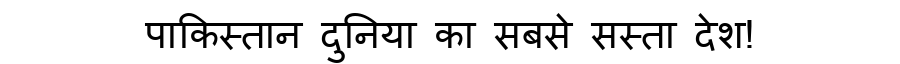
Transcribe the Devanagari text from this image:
पाकिस्तान दुनिया का सबसे सस्ता देश!